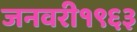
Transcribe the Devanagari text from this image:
जनवरी१९६३